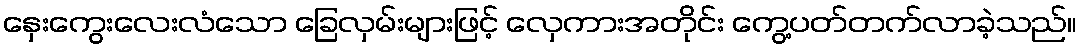
နှေးကွေးလေးလံသော ခြေလှမ်းများဖြင့် လှေကားအတိုင်း ကွေ့ပတ်တက်လာခဲ့သည်။